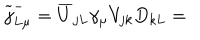
\widetilde { j } _ { L \mu } ^ { - } = \overline { { { U } } } _ { j L } \gamma _ { \mu } V _ { j k } D _ { k L } =